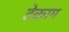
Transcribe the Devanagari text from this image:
टेकाम